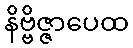
နိဗ္ဗိဇ္ဇာပေထ